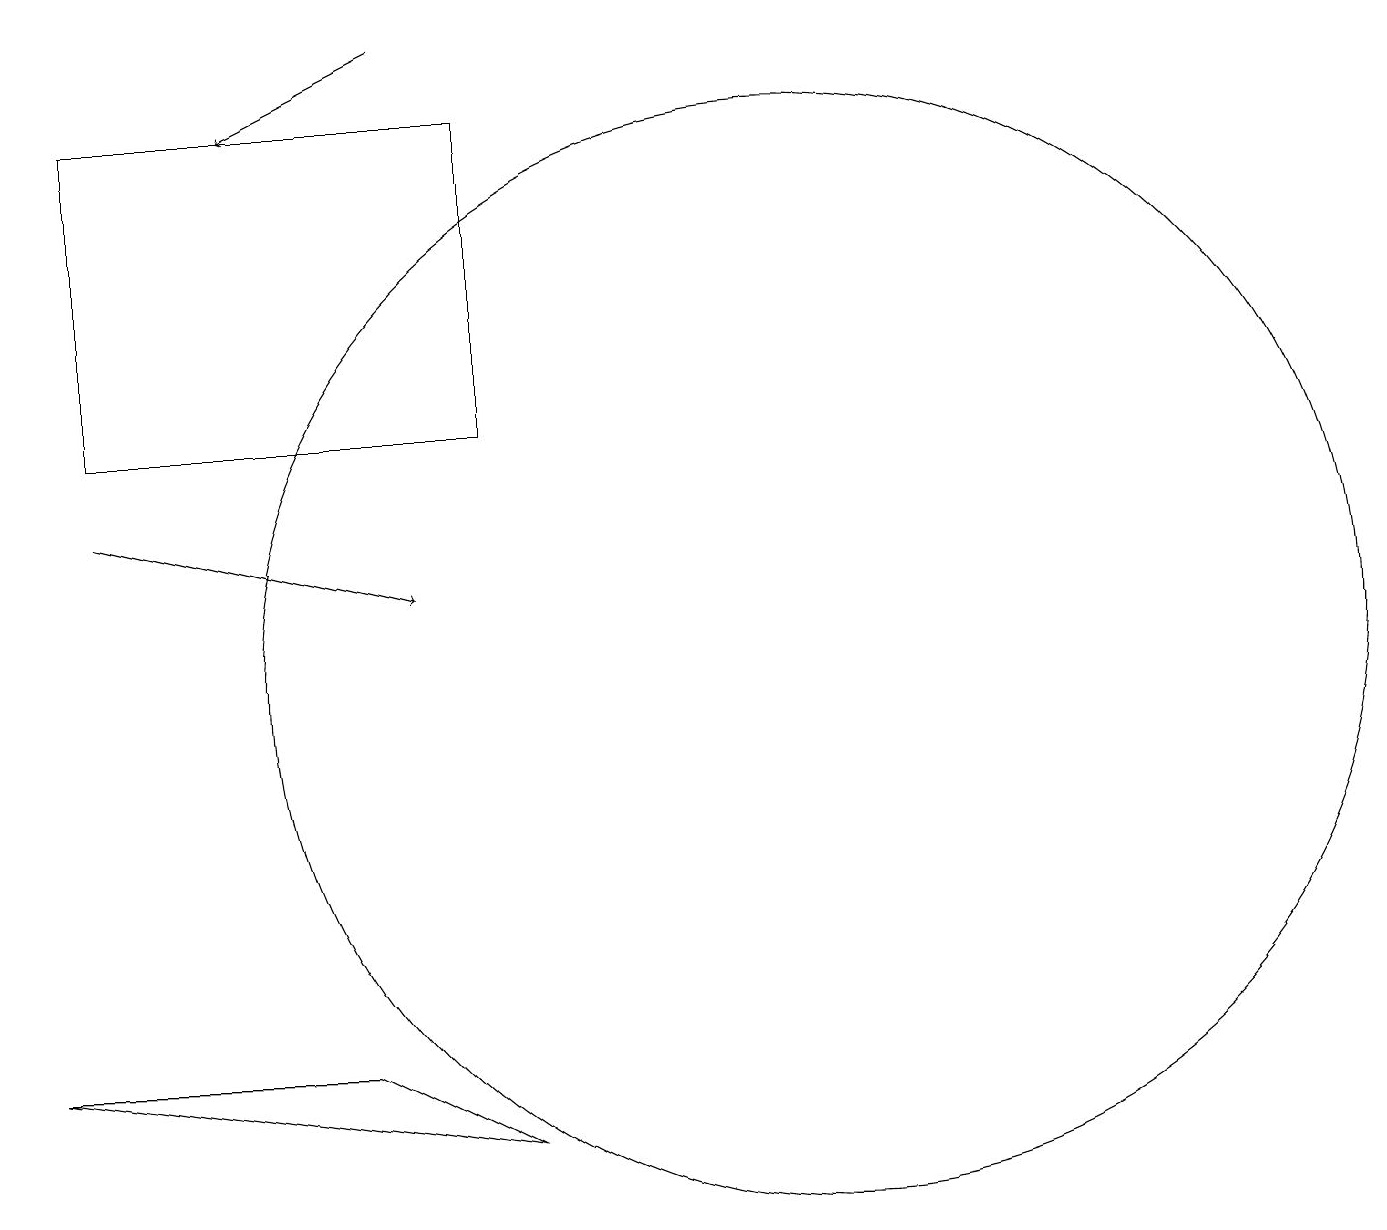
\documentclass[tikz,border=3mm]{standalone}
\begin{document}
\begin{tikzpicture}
\draw (8,4) -- (6,5) -- (2,5) -- cycle;
\draw[->] (3,12) -- (7,11);
\draw (8,17) rectangle (3,13);
\draw (12,10) circle (7);
\draw[->] (7,18) -- (5,17);
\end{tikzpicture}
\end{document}